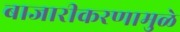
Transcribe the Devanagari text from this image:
बाजारीकरणामुळे